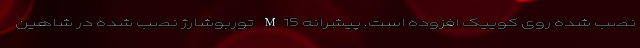
نصب شده روی کوییک افزوده است. پیشرانه M15 توربوشارژ نصب شده در شاهین